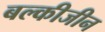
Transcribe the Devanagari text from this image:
बल्कीजीन